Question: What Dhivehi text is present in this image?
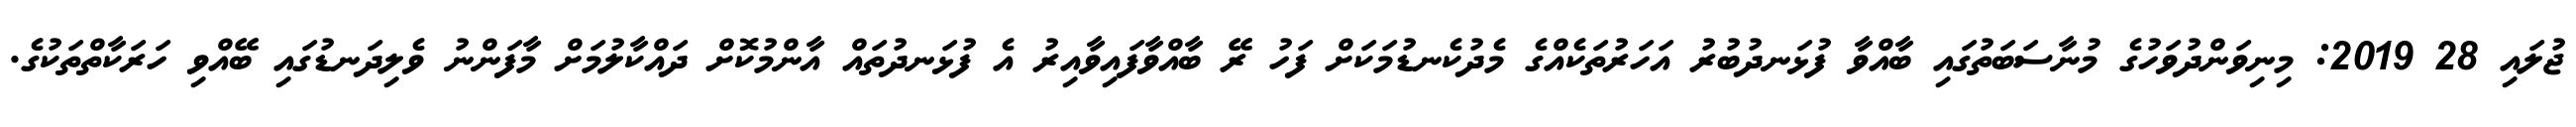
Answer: ޖުލައި 28 2019: މިނިވަންދުވަހުގެ މުނާސަބަތުގައި ބާއްވާ ފުޅަނދުބުރު އަހަރުތަކެއްގެ މެދުކެނޑުމަކަށް ފަހު ރޭ ބާއްވާފައިވާއިރު އެ ފުޅަނދުތައް އާންމުކޮށް ދައްކާލުމަށް މާފަންނު ވެލިދަނޑުގައި ބޭއްވި ހަރަކާތްތަކުގެ.